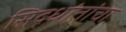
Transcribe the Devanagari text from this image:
सिद्धांतांचा